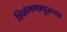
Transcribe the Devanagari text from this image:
श्शिंगणापूरच्या